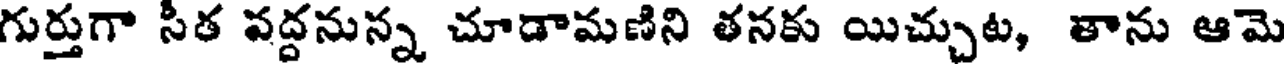
గుర్తుగా సీత వద్దనున్న చూడామణిని తనకు యిచ్చుట, తాను ఆమె